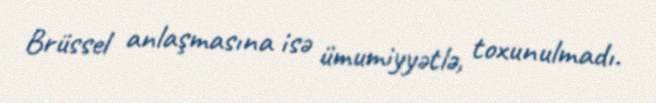
Brüssel anlaşmasına isə ümumiyyətlə, toxunulmadı.